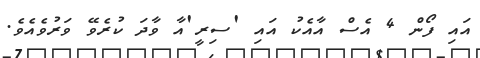
އައި ފޯން 4 އެސް އާއެކު އައި 'ސިރީ'އާ ވާދަ ކުރެވޭ ވަރުވެއެވެ.